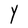
Character: Y